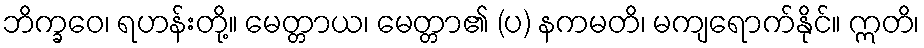
ဘိက္ခဝေ၊ ရဟန်းတို့။ မေတ္တာယ၊ မေတ္တာ၏ (ပ) နကမတိ၊ မကျရောက်နိုင်။ ဣတိ၊